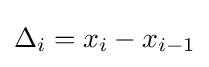
\Delta _{i}=x_{i}-x_{i-1}